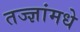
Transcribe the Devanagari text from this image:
तज्ज्ञांमधे